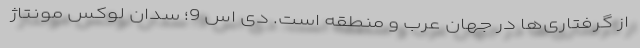
از گرفتاری‌ها در جهان عرب و منطقه ‌است. دی اس 9؛ سدان لوکس مونتاژ